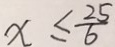
x \leq \frac { 2 5 } { 6 }